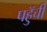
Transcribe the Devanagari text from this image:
पहुॅची